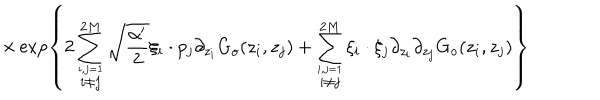
LaTeX: \times \exp \left\{ \displaystyle 2 \sum _ { \stackrel { i , j = 1 } { i \neq j } } ^ { 2 M } \sqrt { \displaystyle \frac { \alpha ^ { \prime } } { 2 } } \xi _ { i } \cdot p _ { j } \partial _ { z _ { i } } G _ { o } ( z _ { i } , z _ { j } ) + \displaystyle \sum _ { \stackrel { i , j = 1 } { i \neq j } } ^ { 2 M } \xi _ { i } \cdot \xi _ { j } \partial _ { z _ { i } } \partial _ { z _ { j } } G _ { o } ( z _ { i } , z _ { j } ) \right\}